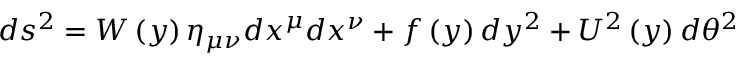
d s ^ { 2 } = W \left( y \right) \eta _ { \mu \nu } d x ^ { \mu } d x ^ { \nu } + f \left( y \right) d y ^ { 2 } + U ^ { 2 } \left( y \right) d \theta ^ { 2 }